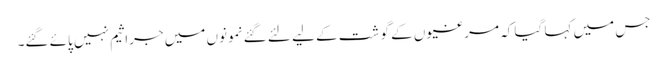
جس میں کہا گیا کہ مرغیوں کے گو شت کے لیے لئے گئے نمونوں میں جراثیم نہیں پائے گئے۔